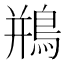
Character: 鵧